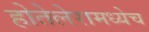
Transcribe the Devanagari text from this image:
होतेलेरामध्येच